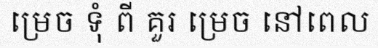
ម្រេច ទុំ ពី គួរ ម្រេច នៅពេល